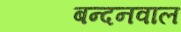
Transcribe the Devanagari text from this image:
बन्दनवाल